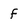
Character: f